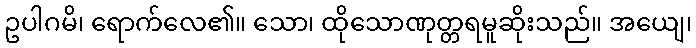
ဥပါဂမိ၊ ရောက်လေ၏။ သော၊ ထိုသောဏုတ္တရမူဆိုးသည်။ အယျေ၊